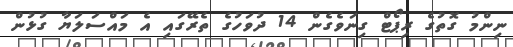
ނިންމު ގޮތުގެ ރިޕޯޓް ގިނަވެގެން 14 ދުވަހުގެ ތެރޭގައި އެ މައްސަލަޔާ ގުޅުން